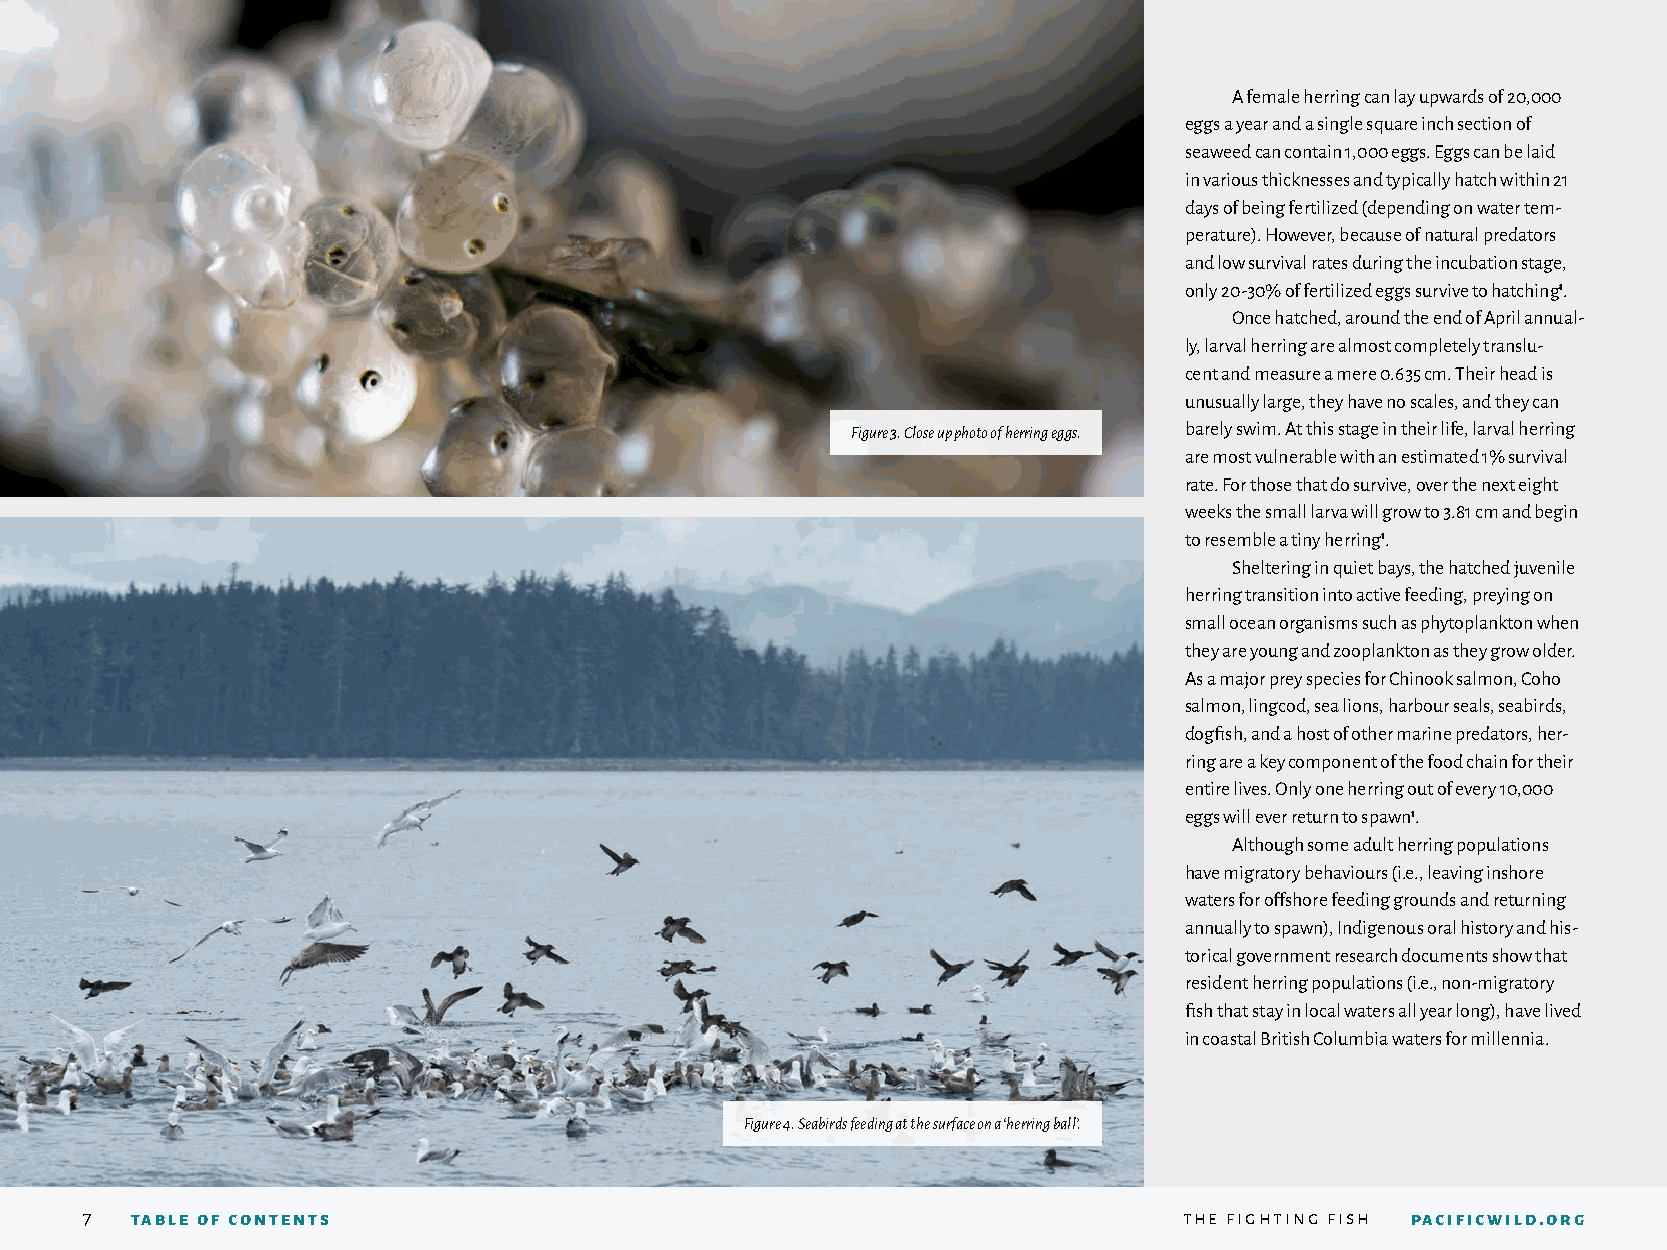
A female herring can lay upwards of 20,000
 eggs a year and a single square inch section of
 seaweed can contain 1,000 eggs. Eggs can be laid
 in various thicknesses and typically hatch within 21
 days of being fertilized (depending on water tem-
 perature). However, because of natural predators
 and low survival rates during the incubation stage,
 only 20-30% of fertilized eggs survive to hatching1.
 Once hatched, around the end of April annual-
 ly, larval herring are almost completely translu-
 cent and measure a mere 0.635 cm. Their head is
 unusually large, they have no scales, and they can
 Figure 3. Close up photo of herring eggs. barely swim. At this stage in their life, larval herring
 are most vulnerable with an estimated 1% survival
 rate. For those that do survive, over the next eight
 weeks the small larva will grow to 3.81 cm and begin
 to resemble a tiny herring1.
 Sheltering in quiet bays, the hatched juvenile
 herring transition into active feeding, preying on
 small ocean organisms such as phytoplankton when
 they are young and zooplankton as they grow older.
 As a major prey species for Chinook salmon, Coho
 salmon, lingcod, sea lions, harbour seals, seabirds,
 dogfish, and a host of other marine predators, her-
 ring are a key component of the food chain for their
 entire lives. Only one herring out of every 10,000
 eggs will ever return to spawn1.
 Although some adult herring populations
 have migratory behaviours (i.e., leaving inshore
 waters for offshore feeding grounds and returning
 annually to spawn), Indigenous oral history and his-
 torical government research documents show that
 resident herring populations (i.e., non-migratory
 fish that stay in local waters all year long), have lived
 in coastal British Columbia waters for millennia.
 Figure 4. Seabirds feeding at the surface on a ‘herring ball’.
 7  table of contents                                                    the fighting fish pacificwild.org